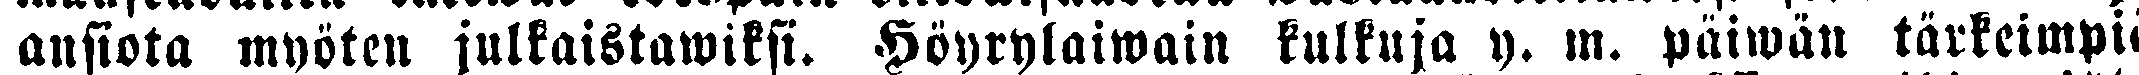
ansiota myöten julkaistawiksi. Höyrylaiwain kulkuja y. m. päiwän tärkeimpiä